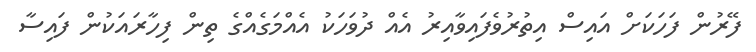
ފޭރުން ފަހަކަށް އައިސް އިތުރުވެފައިވާއިރު އެއް ދުވަހަކު އެއްމަގެއްގެ ތިން ފިހާރައަކުން ފައިސާ